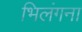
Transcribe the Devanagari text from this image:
भिलंगना